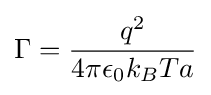
\Gamma ={\frac {q^{2}}{4\pi \epsilon _{0}k_{B}Ta}}